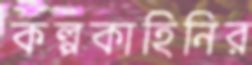
কল্পকাহিনির